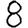
Digit: 8